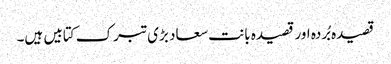
قصیدہ بُردہ اور قصیدہ بانت سعاد بڑی تبرک کتابیں ہیں۔